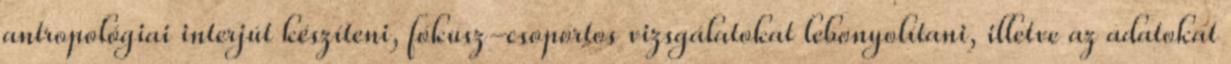
antropológiai interjút készíteni, fókusz-csoportos vizsgálatokat lebonyolítani, illetve az adatokat